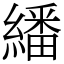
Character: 繙